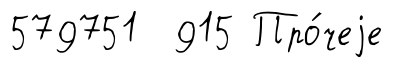
579751 915 Про́чеjе